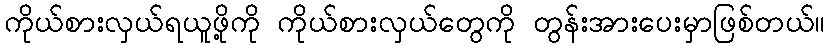
ကိုယ်စားလှယ်ရယူဖို့ကို ကိုယ်စားလှယ်တွေကို တွန်းအားပေးမှာဖြစ်တယ်။